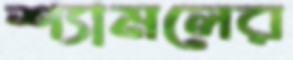
শ্যামলের